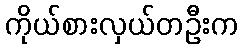
ကိုယ်စားလှယ်တဦးက